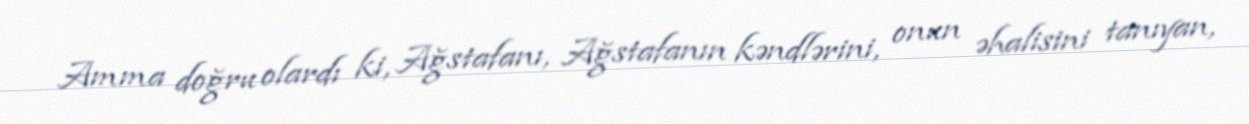
Amma doğru olardı ki, Ağstafanı, Ağstafanın kəndlərini, onun əhalisini tanıyan,